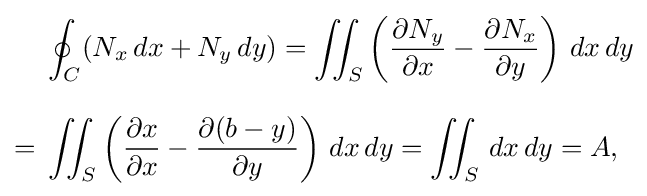
{\begin{aligned}&\oint _{C}(N_{x}\,dx+N_{y}\,dy)=\iint _{S}\left({\frac {\partial N_{y}}{\partial x}}-{\frac {\partial N_{x}}{\partial y}}\right)\,dx\,dy\\[8pt]={}&\iint _{S}\left({\frac {\partial x}{\partial x}}-{\frac {\partial (b-y)}{\partial y}}\right)\,dx\,dy=\iint _{S}\,dx\,dy=A,\end{aligned}}